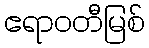
ဧရာဝတီမြစ်